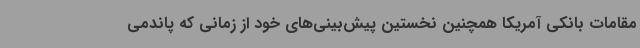
مقامات بانکی آمریکا همچنین نخستین پیش‌بینی‌های خود از زمانی که پاندمی